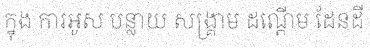
ក្នុង ការអូស បន្លាយ សង្គ្រាម ដណ្តើម ដែនដី